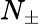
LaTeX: N_{\pm}